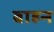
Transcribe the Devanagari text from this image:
बाहन